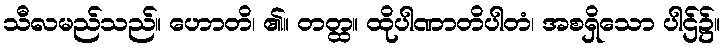
သီလမည်သည်။ ဟောတိ၊ ၏။ တတ္ထ။ ထိုပါဏာတိပါတံ၊ အစရှိသော ပါဌ်၌။